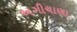
અગીચાણા